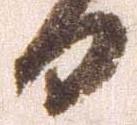
日